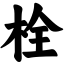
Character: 栓